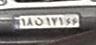
۱۸ن۱۷۱۶۶